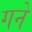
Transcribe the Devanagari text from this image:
गने